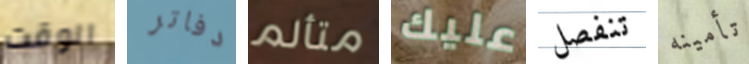
الوقت دفاتر متألم عليك تنفصل تأمينه